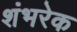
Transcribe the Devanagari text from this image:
शंभरेक